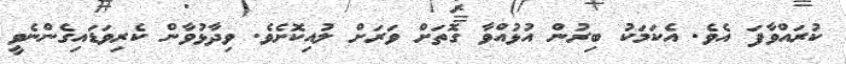
ކުރައްވާފަ އެވެ. އެކަމަކު ބިރުން އުޅުއްވާ ގޮތަށް ވަރަށް ލުއިކޮށެވެ. ވިދާޅުވާން ކެރިވަޑައިގެންނެވީ